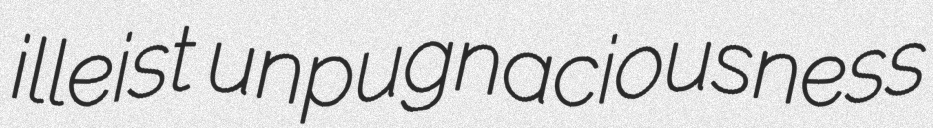
illeist unpugnaciousness